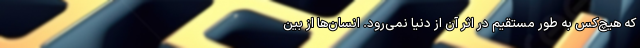
که هیچ‌کس به‌ طور مستقیم در اثر آن از دنیا نمی‌رود. انسان‌ها از بین